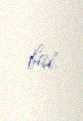
bax.